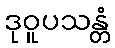
ဒုဝူပသန္တံ